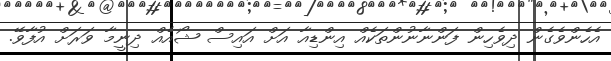
އެހެންވެގެން ދިވެހިން ފަންނާނުންތަކެއް އިންޑިއާ އަށް އައިސް ޝޯއެއް ދިނީމާ ވަރަށް އުފާވޭ.